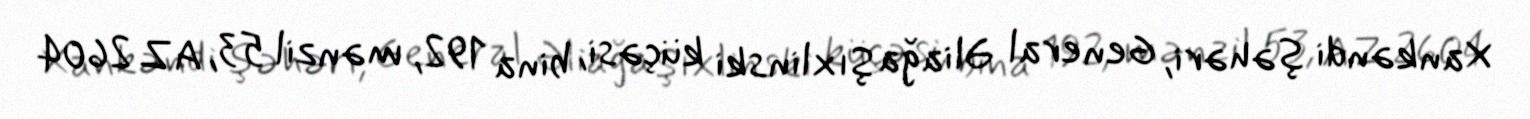
Xankəndi şəhəri, General Əliağa Şıxlinski küçəsi, bina 192, mənzil 53, AZ 2604